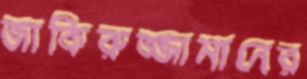
জাকিরুজ্জামানের